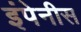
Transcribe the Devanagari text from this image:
इंपेनीस